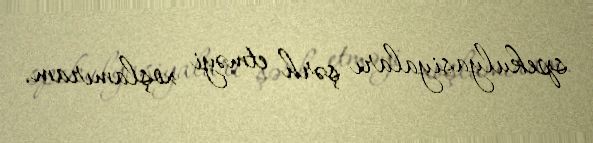
spekulyasiyaları şərh etməyi xoşlamıram.